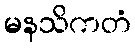
မနသိကတံ